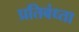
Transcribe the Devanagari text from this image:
प्रतिबंध्ता